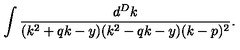
\int \frac { d ^ { D } k } { ( k ^ { 2 } + q k - y ) ( k ^ { 2 } - q k - y ) ( k - p ) ^ { 2 } } .